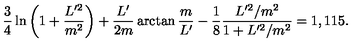
\frac 3 4 \ln \left( 1 + \frac { L ^ { \prime 2 } } { m ^ { 2 } } \right) + \frac { L ^ { \prime } } { 2 m } \arctan \frac m { L ^ { \prime } } - \frac 1 8 \frac { L ^ { \prime 2 } / m ^ { 2 } } { 1 + L ^ { \prime 2 } / m ^ { 2 } } = 1 , 1 1 5 .